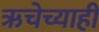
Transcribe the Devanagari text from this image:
ऋचेच्याही